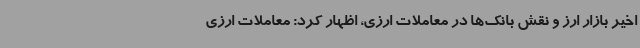
اخیر بازار ارز و نقش بانک‌ها در معاملات ارزی، اظهار کرد: معاملات ارزی